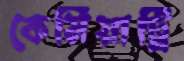
কেমিয়াট্রি